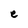
Character: e